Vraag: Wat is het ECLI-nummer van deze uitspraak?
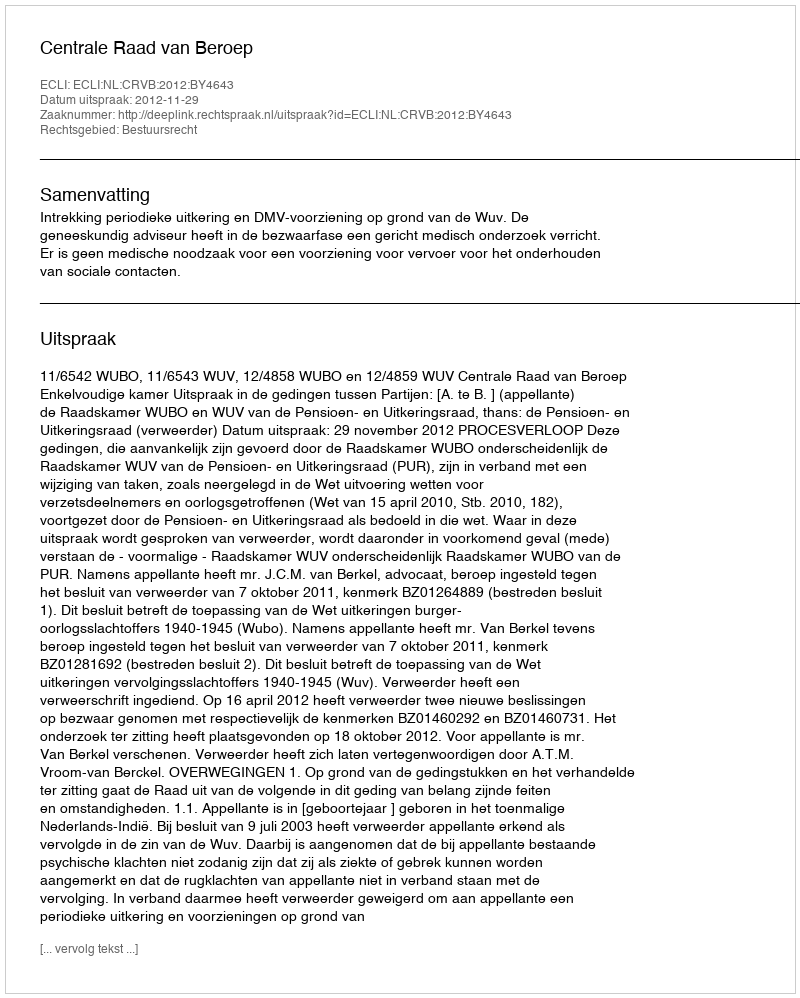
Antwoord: ECLI:NL:CRVB:2012:BY4643